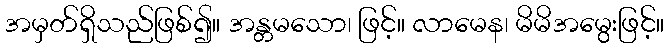
အမှတ်ရှိသည်ဖြစ်၍။ အန္တမသော၊ ဖြင့်။ လာမေန၊ မိမိအမွေးဖြင့်။